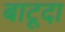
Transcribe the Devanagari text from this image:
बाटूदा